Civil Veterinary Dept. Bombay admin report 1932-41 - 1932-1941
Year: 1932
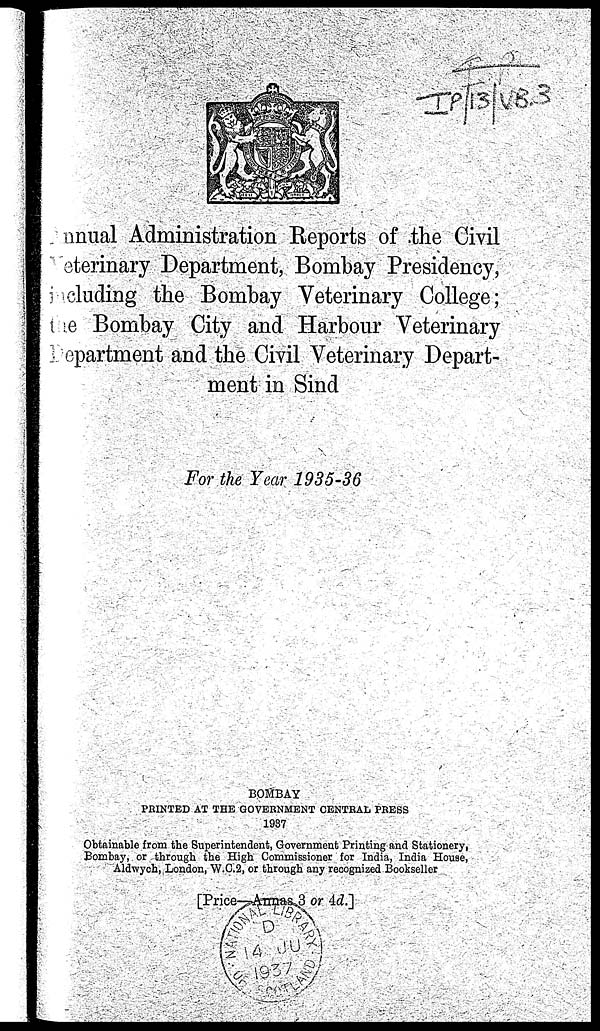
Annual Administration Reports of the Civil
veterinary Department, Bombay Presidency,
including the Bombay Veterinary College;
the Bombay City and Harbour Veterinary
department and the Civil Veterinary Depart-
ment in Sind
For the Year 1935-36
BOMBAY
PRINTED AT THE GOVERNMENT CENTRAL PRESS
1937
Obtainable from the Superintendent, Government Printing and Stationery
Bombay, or through the High Commissioner for India, India House
Aldwych, London, W.C.2, or through any recognized Bookseller
[Price-Annas 3 or 4d.]